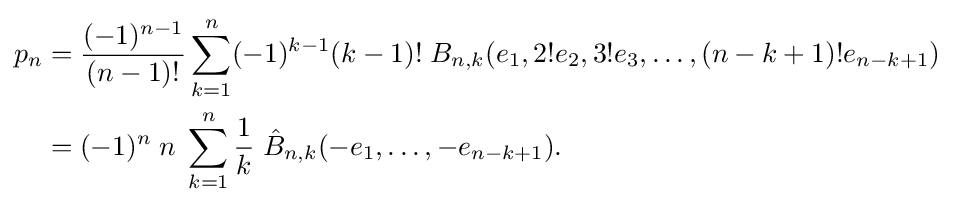
{\begin{aligned}p_{n}&={\frac {(-1)^{n-1}}{(n-1)!}}\sum _{k=1}^{n}(-1)^{k-1}(k-1)!\;B_{n,k}(e_{1},2!e_{2},3!e_{3},\ldots ,(n-k+1)!e_{n-k+1})\\&=(-1)^{n}\;n\;\sum _{k=1}^{n}{\frac {1}{k}}\;{\hat {B}}_{n,k}(-e_{1},\dots ,-e_{n-k+1}).\end{aligned}}